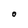
Character: 0